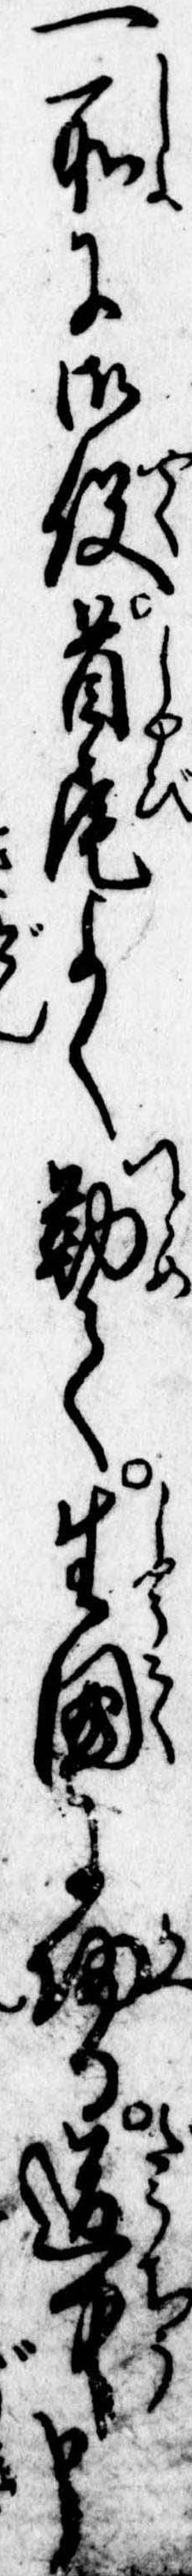
一所に御役首尾よく勤て生国に帰り道中申